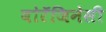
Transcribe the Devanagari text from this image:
बोरॅजिनेसी